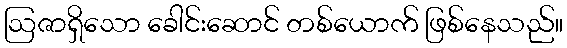
ဩဇာရှိသော ခေါင်းဆောင် တစ်ယောက် ဖြစ်နေသည်။